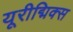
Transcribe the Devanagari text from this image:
यूरीद्मिक्स